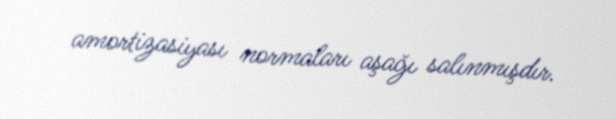
amortizasiyası normaları aşağı salınmışdır.